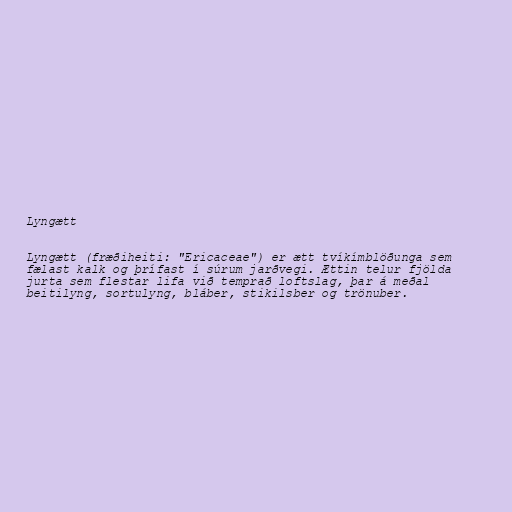
Lyngætt

Lyngætt (fræðiheiti: "Ericaceae") er ætt tvíkímblöðunga sem
fælast kalk og þrífast í súrum jarðvegi. Ættin telur fjölda
jurta sem flestar lifa við temprað loftslag, þar á meðal
beitilyng, sortulyng, bláber, stikilsber og trönuber.